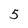
Character: 5